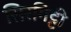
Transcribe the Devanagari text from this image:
सिरगिट्टी